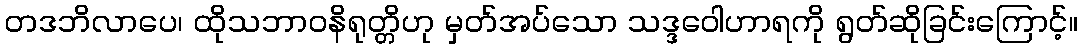
တဒဘိလာပေ၊ ထိုသဘာဝနိရုတ္တိဟု မှတ်အပ်သော သဒ္ဒဝေါဟာရကို ရွတ်ဆိုခြင်းကြောင့်။